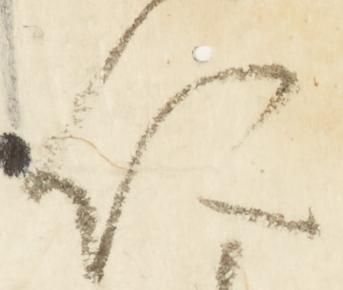
仁